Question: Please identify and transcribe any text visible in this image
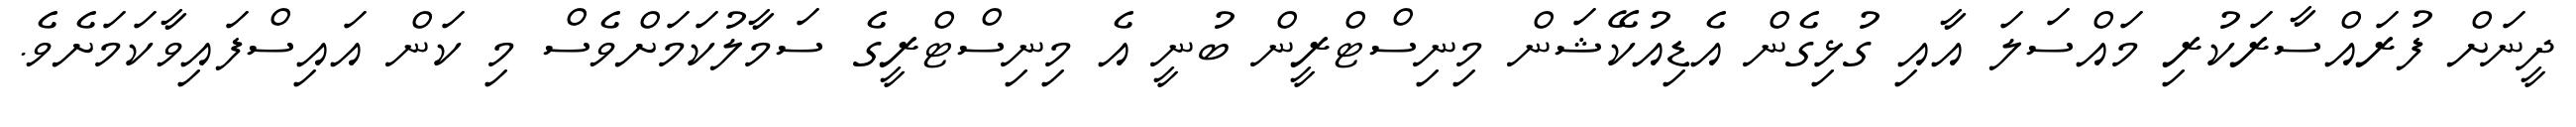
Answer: ދީނަށް ފުރައްސާރަކުރި މައްސަލަ އާއި ގުޅިގެން އެޑިއުކޭޝަން މިނިސްޓްރީން ބުނީ އެ މިނިސްޓްރީގެ ސަމާލުކަމަށްވެސް މި ކަން އައިސްފައިވާކަމަށެވެ.